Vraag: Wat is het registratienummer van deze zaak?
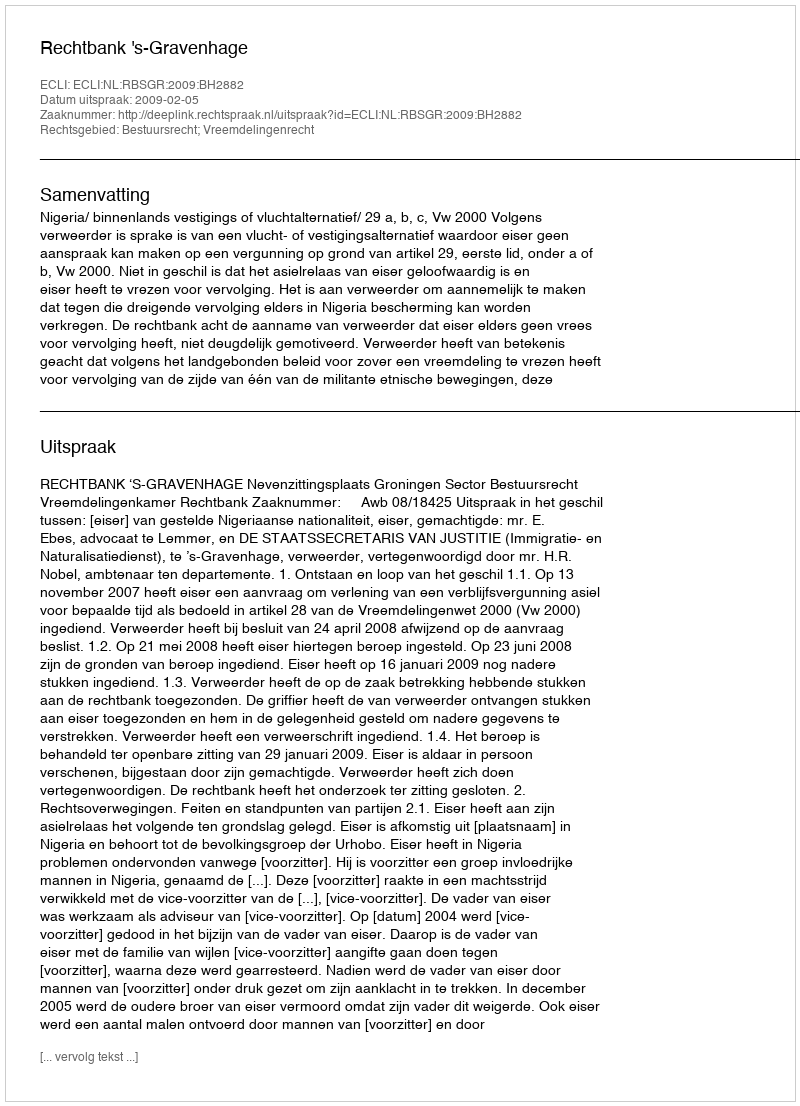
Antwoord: http://deeplink.rechtspraak.nl/uitspraak?id=ECLI:NL:RBSGR:2009:BH2882